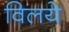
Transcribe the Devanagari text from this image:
विलये